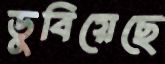
ডুবিয়েছে